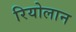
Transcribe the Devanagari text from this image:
रियोलान